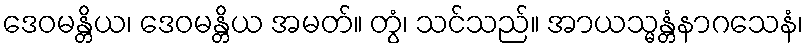
ဒေဝမန္တိယ၊ ဒေဝမန္တိယ အမတ်။ တွံ၊ သင်သည်။ အာယသ္မန္တံနာဂသေနံ၊